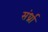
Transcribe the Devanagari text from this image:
संर्ध्रा